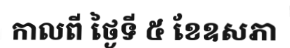
កាលពី ថ្ងៃទី ៥ ខែឧសភា